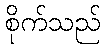
စိုက်သည်